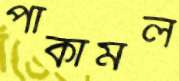
পাকামল